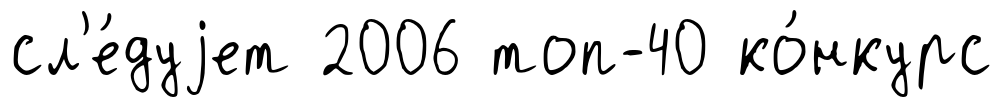
сл'е́дуjет 2006 топ-40 ко́нкурс